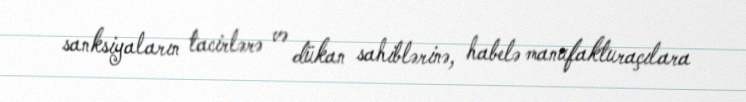
sanksiyaların tacirlərə və dükan sahiblərinə, habelə manufakturaçılara